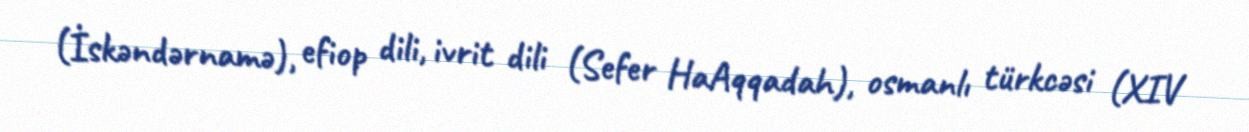
(İskəndərnamə), efiop dili, ivrit dili (Sefer HaAqqadah), osmanlı türkcəsi (XIV